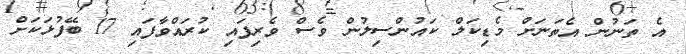
އެ ތަނުން އެތަނަށް މެޑިކަލް ކައުންސިލުން ވެސް ވެރިފައި ކުރައްވާފައި 17 ބޭފުޅަކަށް